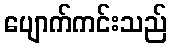
ပျောက်ကင်းသည်